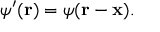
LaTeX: \psi ^ { \prime } ( \mathbf { r } ) = \psi ( \mathbf { r } - \mathbf { x } ) .